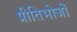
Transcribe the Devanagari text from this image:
प्रीतिभोजों